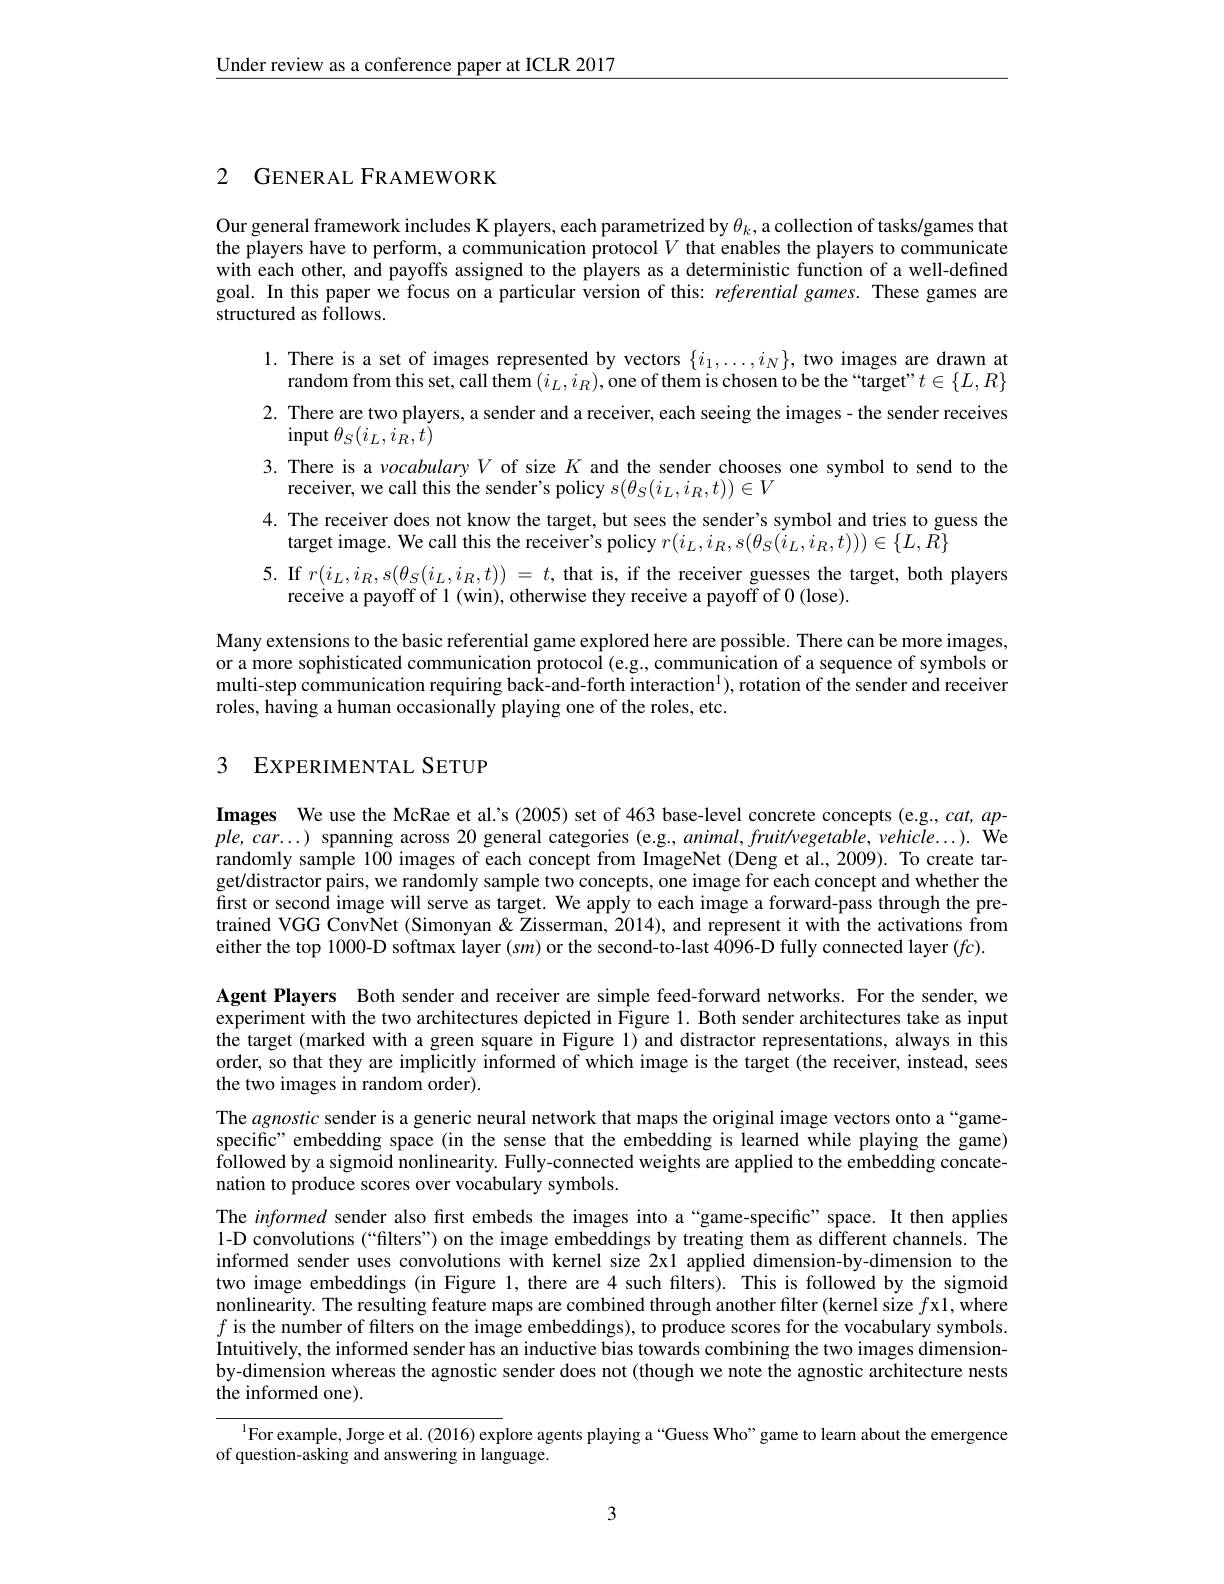
$\underline{\text{Under review as a conference paper at ICLR 2017}}$

## 2 GENERAL FRAMEWORK

Our general framework includes K players, each parametrized by $\theta_k$, a collection of tasks/games that the players have to perform, a communication protocol $V$ that enables the players to communicate with each other, and payoffs assigned to the players as a deterministic function of a well-defined goal. In this paper we focus on a particular version of this: referential games. These games are structured as follows.

1. There is a set of images represented by vectors $\{i_1,\ldots,i_N\}$, two images are drawn at
random from this set, call them $(i_L,i_R)$,one of them is chosen to be the “target”$t\in\{L,R\}$ 2. There are two players, a sender and a receiver, each seeing the images- the sender receives
$\operatorname{input}\theta_S(i_L,i_R,t)$
3. There is a vocabularyV of size $K$ and the sender chooses one symbol to send to the
receiver, we call this the sender's policy $s(\theta_{S}(i_{L},i_{R},t))\in V$
4. The receiver does not know the target, but sees the sender's symbol and tries to guess the
target image. We call this the receiver's policy $r(i_L,i_R,s(\theta_S(i_L,i_R,t)))\in\{L,\tilde{R}\}$
5. If $r(i_{L},i_{R},s(\theta_{S}(i_{L},i_{R},t))=t$, that is, if the receiver guesses the target, both players
receive a payoff of l (win), otherwise they receive a payoff of 0 (lose).
Many extensions to the basic referential game explored here are possible. There can be more images, or a more sophisticated communication protocol (e.g., communication of a sequence of symbols or multi-step communication requiring back-and-forth interaction$^1)$, rotation of the sender and receiver roles, having a human occasionally playing one of the roles, etc.

## 3 EXPERIMENTAL SETUP

Images We use the McRae et al's (2005) set of 463 base-level concrete concepts (e.g., cat, ap- $ple,car...)$ spanning across 20 general categories (e.g., animal, fruit/vegetable, vehicle...). We randomly sample 100 images of each concept from ImageNet (Deng et al., 2009). To create target/distractor pairs, we randomly sample two concepts, one image for each concept and whether the first or second image will serve as target. We apply to each image a forward-pass through the pretrained VGG Conv$\tilde{\mathrm{Net~(Simonyan~\&~Zisserman,~2014),~and~represent~it~with~the~activations~from}}$ either the top 1000-D softmax layer (s$m)$ or the second-to-last 4096-D fully connected layer (fc).
Agent Players Both sender and receiver are simple feed-forward networks. For the sender, we experiment with the two architectures depicted in Figure 1. Both sender architectures take as input the target (marked with a green square in Figure 1) and distractor representations, always in this order, so that they are implicitly informed of which image is the target (the receiver, instead, sees the two images in random order).
The agnostic sender is a generic neural network that maps the original image vectors onto a“gamespecific" embedding space (in the sense that the embedding is learned while playing the game) followed by a sigmoid nonlinearity. Fully-connected weights are applied to the embedding concatenation to produce scores over vocabulary symbols.
The informed sender also first embeds the images into a“game-specific”space. It then applies 1-D convolutions (“filters”) on the image embeddings by treating them as different channels. The informed sender uses convolutions with kernel size 2x1 applied dimension-by-dimension to the two image embeddings (in Figure 1, there are 4 such filters). This is followed by the sigmoid nonlinearity. The resulting feature maps are combined through another filter (kernel size $f$x1, where $f$ is the number of filters on the image embeddings), to produce scores for the vocabulary symbols. Intuitively, the informed sender has an inductive bias towards combining the two images dimensionby-dimension whereas the agnostic sender does not (though we note the agnostic architecture nests the informed one).
$^{1}$For example, Jorge et al. (2016) explore agents playing a “Guess Who”game to learn about the emergence

of question-asking and answering in language.

3